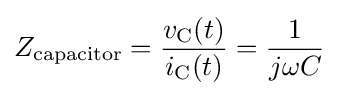
Z_{\text{capacitor}}={\frac {v_{\text{C}}{\mathord {\left(t\right)}}}{i_{\text{C}}{\mathord {\left(t\right)}}}}={\frac {1}{j\omega C}}